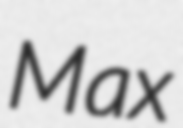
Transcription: Max